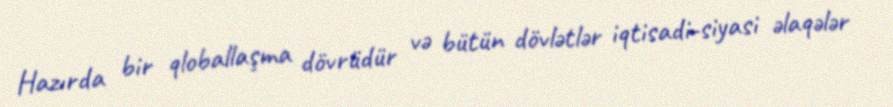
Hazırda bir qloballaşma dövrüdür və bütün dövlətlər iqtisadi-siyasi əlaqələr